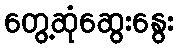
တွေ့ဆုံဆွေးနွေး